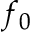
f _ { 0 }